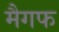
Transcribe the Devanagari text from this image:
मैगफ